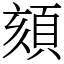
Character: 頦